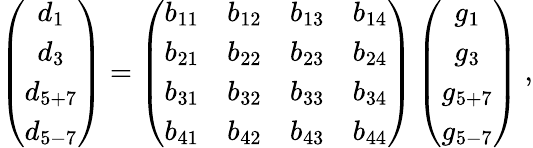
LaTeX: \left(\begin{array}{c}{{d_{1}}}\\ {{d_{3}}}\\ {{d_{5+7}}}\\ {{d_{5-7}}}\end{array}\right)=\left(\begin{array}{ccccc}{{b_{11}}}&{{b_{12}}}&{{b_{13}}}&{{b_{14}}}\\ {{b_{21}}}&{{b_{22}}}&{{b_{23}}}&{{b_{24}}}\\ {{b_{31}}}&{{b_{32}}}&{{b_{33}}}&{{b_{34}}}\\ {{b_{41}}}&{{b_{42}}}&{{b_{43}}}&{{b_{44}}}\end{array}\right)\left(\begin{array}{c}{{g_{1}}}\\ {{g_{3}}}\\ {{g_{5+7}}}\\ {{g_{5-7}}}\end{array}\right)\ ,